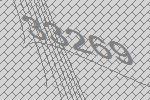
33269